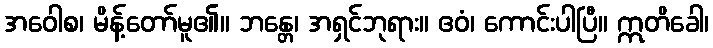
အဝေါစ၊ မိန့်တော်မူ၏။ ဘန္တေ၊ အရှင်ဘုရား။ ဧဝံ၊ ကောင်းပါပြီ။ ဣတိခေါ၊